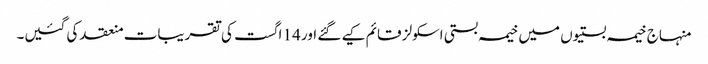
منہاج خیمہ بستیوں میں خیمہ بستی اسکولز قائم کیے گئے اور 14 اگست کی تقریبات منعقد کی گئیں۔